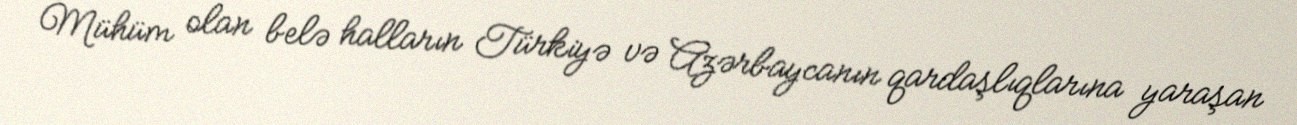
Mühüm olan belə halların Türkiyə və Azərbaycanın qardaşlıqlarına yaraşan